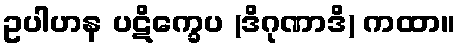
ဥပါဟန ပဋိက္ခေပ (ဒိဂုဏာဒိ) ကထာ။